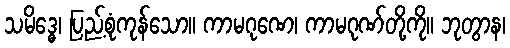
သမိဒ္ဓေ၊ ပြည့်စုံကုန်သော။ ကာမဂုဏေ၊ ကာမဂုဏ်တို့ကို။ ဘုတွာန၊